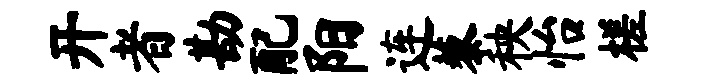
开者勘配阳连藜秧怡槎